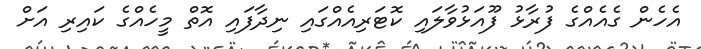
އެހެން ގެއެއްގެ ފުރާޅު ފޫއަޅުވާލައި ކޮޓަރިއެއްގައި ނިދާފައި އޮތް މީހެއްގެ ކައިރި އަށް